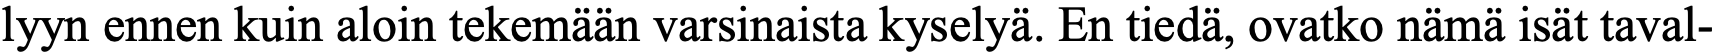
lyyn ennen kuin aloin tekemään varsinaista kyselyä. En tiedä, ovatko nämä isät taval-